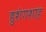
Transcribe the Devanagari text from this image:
हुशंगशाह